Sleeping sickness
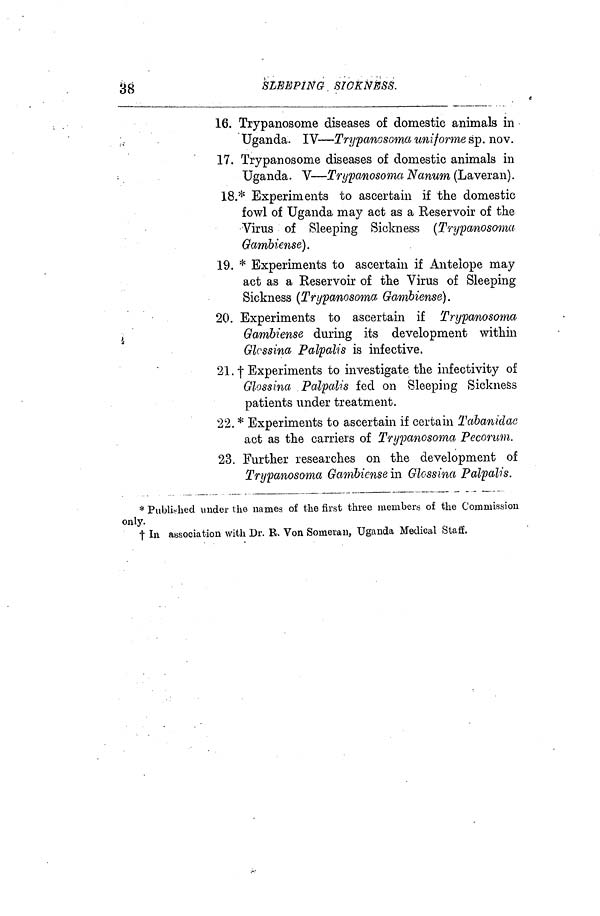
38
SLEEPING
SICKNESS.
16. Trypanosome diseases of domestic animals in
Uganda. IV—Trypanosoma uniforme sp. nov.
17. Trypanosome diseases of domestic animals in
Uganda. V—Trypanosoma Nanum (Laveran).
18.* Experiments to ascertain if the domestic
fowl of Uganda may act as a Keservoir of the
Virus of Sleeping Sickness (Trypanosoma
Gambiense).
19. * Experiments to ascertain if Antelope may
act as a Reservoir of the Virus of Sleeping
Sickness (Trypanosoma Gambiense).
20. Experiments to ascertain if Trypanosoma
Gambiense during its development within
Glcssina Palpalis is infective.
21. † Experiments to investigate the infectivity of
Glossina Palpalis fed on Sleeping Sickness
patients under treatment.
22. * Experiments to ascertain if certain Tabanidac
act as the carriers of Trypanosoma Pecorum,
23. Further researches on the development of
Trypanosoma Gambiense m Glossina Palpalis.
* Published under the names of the first three members of the Commission
only.
† In association with Dr. R. Von Someran, Uganda Medical Staff.